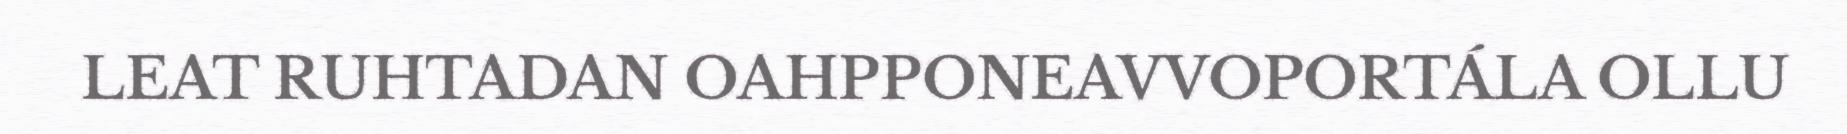
LEAT RUHTADAN OAHPPONEAVVOPORTÁLA OLLU